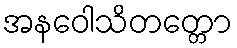
အနဝေါသိတတ္တော